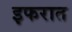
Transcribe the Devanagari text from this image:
इफरात